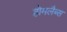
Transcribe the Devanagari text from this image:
होमलैब्स